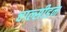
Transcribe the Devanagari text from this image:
चाल्सीडन